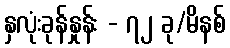
နှလုံးခုန်နှုန်း - ၇၂ ခု/မိနစ်